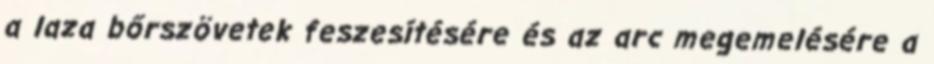
a laza bőrszövetek feszesítésére és az arc megemelésére a